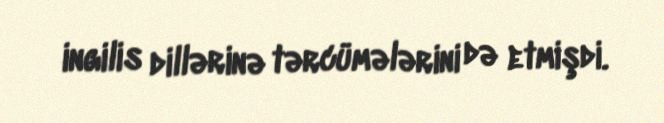
ingilis dillərinə tərcümələrini də etmişdi.